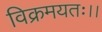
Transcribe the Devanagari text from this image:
विक्रमयतः।।